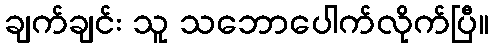
ချက်ချင်း သူ သဘောပေါက်လိုက်ပြီ။